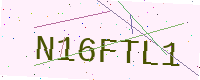
Text: N16FTL1